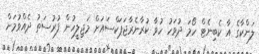
ލަންކާގެ އާ ކެބިނެޓް ހޯމަ ދުވަހު ހުވާ ކުރާނެރާޖަޕަކްސައަށް މަޖިލީހުން ފުރުސަތު ދެއްވުމަށް